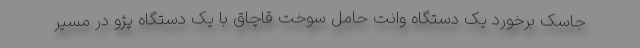
جاسک برخورد یک دستگاه وانت حامل سوخت قاچاق با یک دستگاه‌ پژو در مسیر